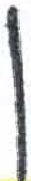
אות: ן